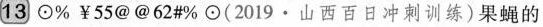
13\bigodot \%￥55@@62#\%\bigodot (2019·山西百日冲刺训练)果蝇的